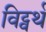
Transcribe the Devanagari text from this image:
विट्वर्थ